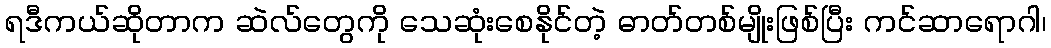
ရဒီကယ်ဆိုတာက ဆဲလ်တွေကို သေဆုံးစေနိုင်တဲ့ ဓာတ်တစ်မျိုးဖြစ်ပြီး ကင်ဆာရောဂါ၊